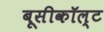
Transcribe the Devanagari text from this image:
बूसीकॉल्ट